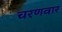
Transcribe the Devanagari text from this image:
चरणवार